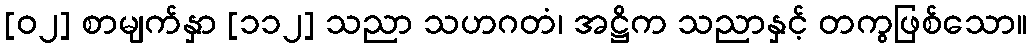
[၀၂] စာမျက်နှာ [၁၁၂] သညာ သဟဂတံ၊ အဋ္ဌိက သညာနှင့် တကွဖြစ်သော။